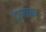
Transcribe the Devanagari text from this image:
दुधगांवकर